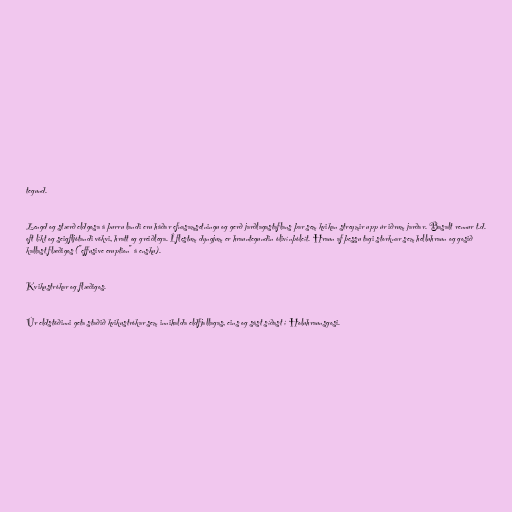
tegund.

Lengd og stærð eldgosa á þurru landi eru háðar efnasamsetningu og gerð jarðlagastaflans þar sem kvikan streymir upp úr iðrum jarðar. Basalt rennur t.d.
oft líkt og seigfljótandi vökvi, hratt og greiðlega. Í flestum dyngjum er hrauntegundin ólivínþóleít. Hraun af þessu tagi storknar sem helluhraun og gosið
kallast flæðigos ("effusive eruption" á ensku).

Kvikustrókar og flæðigos.

Úr eldstöðinni geta staðið kvikustrókar sem innihalda eldfjallagas, eins og sást síðast í Holuhraunsgosi.